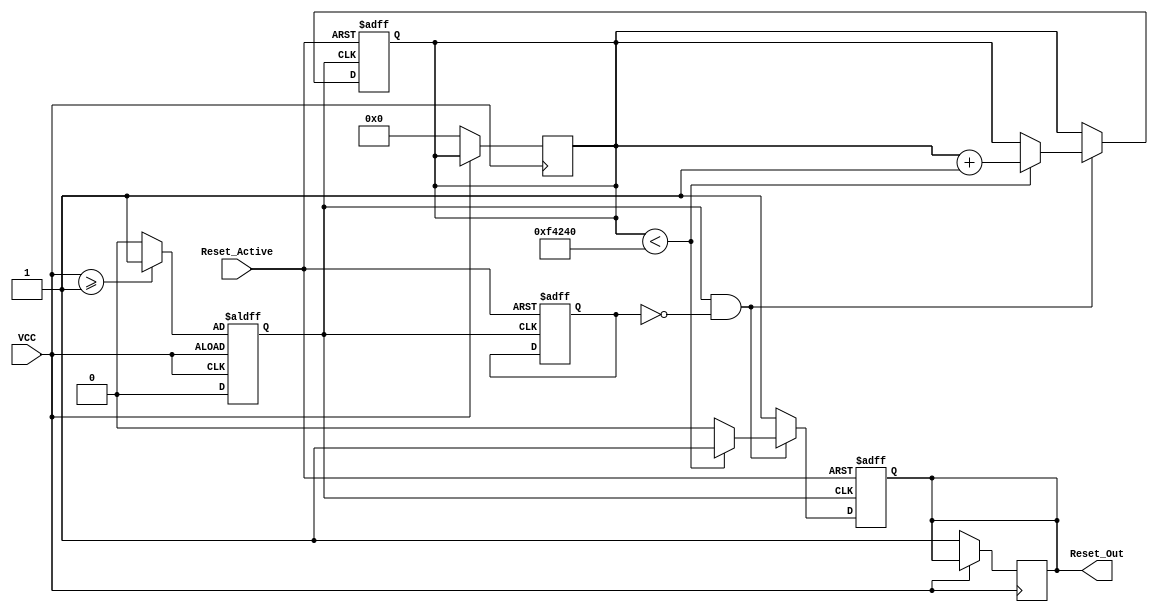
module PowerOnReset (
    input wire VCC,               // Power supply voltage signal
    input wire Reset_Active,      // Control signal to assert reset
    output reg Reset_Out          // Active high reset output
);

// Parameters for the reset duration
parameter RESET_DURATION = 1000000; // Adjust accordingly for your clock speed
parameter VCC_THRESHOLD = 1'b1; // Assuming '1' indicates stable power

// State and timing variables
reg [19:0] counter; // Counter width can be adjusted based on the required duration
reg vcc_stable;
reg reset_active;

always @(posedge VCC or negedge VCC) begin
    if (!VCC) begin
        // System is powered off, reset the output and counter
        Reset_Out <= 1'b1;          // Active reset (depending on your design)
        counter <= 0;
        vcc_stable <= 1'b0;
    end else begin
        // When VCC goes high, set the stable flag after threshold check
        vcc_stable <= (VCC >= VCC_THRESHOLD) ? 1'b1 : 1'b0;
    end
end

always @(posedge vcc_stable or posedge Reset_Active) begin
    if (Reset_Active) begin
        // If Reset_Active is asserted, maintain Reset_Out in active state
        Reset_Out <= 1'b1;
        counter <= 0; // Reset the counter
        reset_active <= 1'b1;
    end else if (vcc_stable && !reset_active) begin
        // Begin counting if VCC is stable and no active reset
        if (counter < RESET_DURATION) begin
            counter <= counter + 1;
            Reset_Out <= 1'b1; // Maintain reset during the timing period
        end else begin
            Reset_Out <= 1'b0; // Deassert reset after duration
        end
    end else begin
        // Reset condition is maintained due to Reset_Active
        Reset_Out <= 1'b1;
    end
end

endmodule